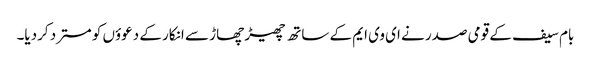
بام سیف کے قومی صدر نے ای وی ایم کے ساتھ چھیڑ چھاڑ سے انکار کے دعوؤں کو مسترد کردیا۔